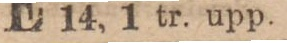
14, 1 tr. upp.